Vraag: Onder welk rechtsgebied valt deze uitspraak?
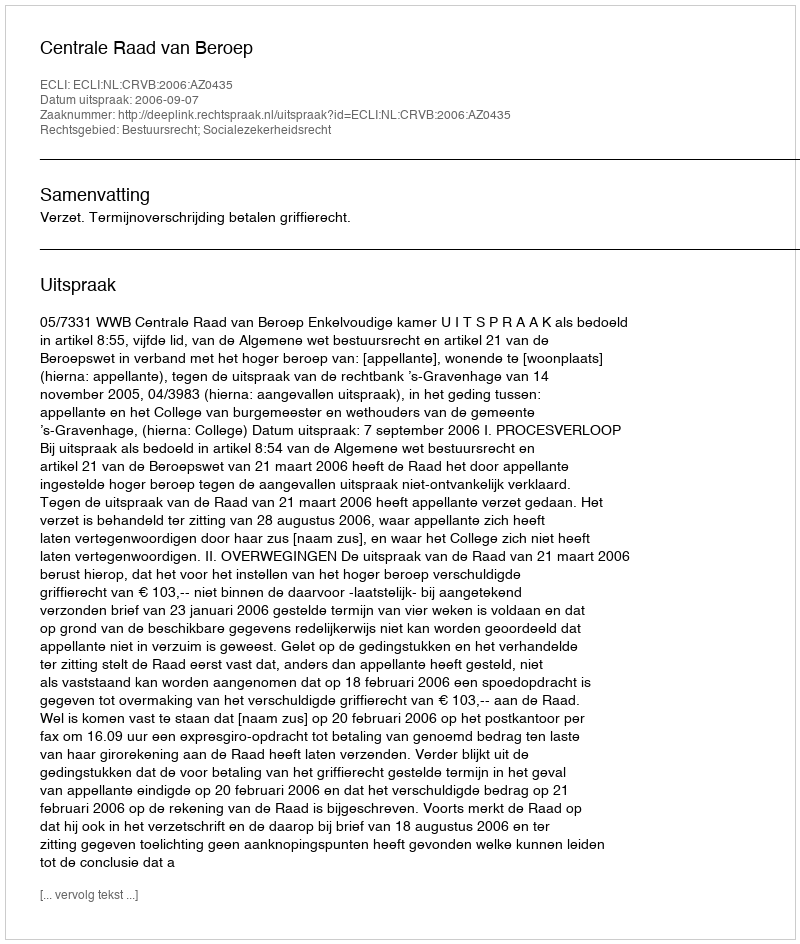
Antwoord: Bestuursrecht; Socialezekerheidsrecht